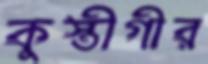
কুস্তীগীর